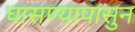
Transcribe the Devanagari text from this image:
घासण्यापासुन